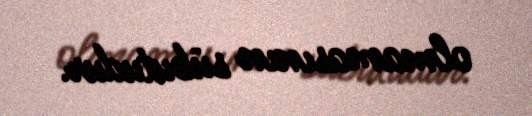
olmamasının sübutudur.